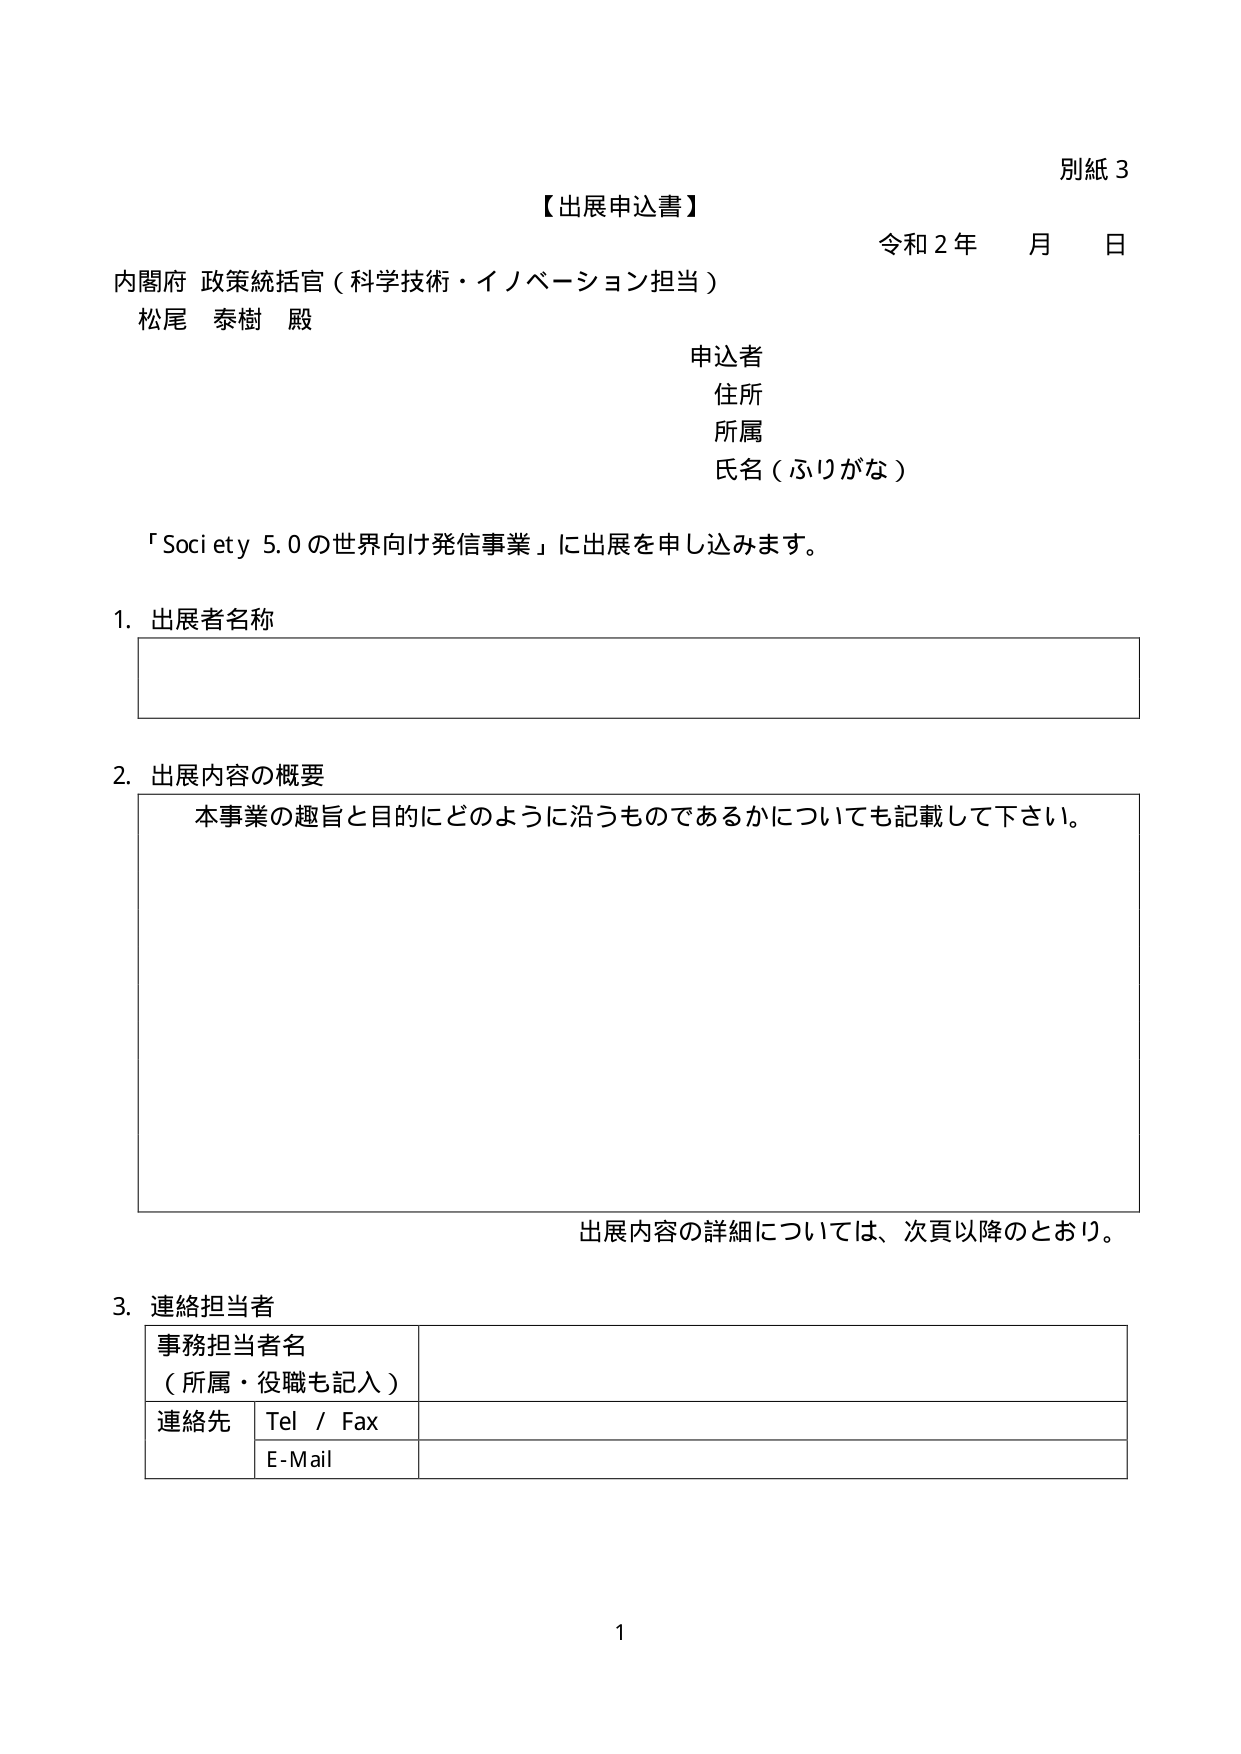
別紙 3
【出展申込書】
令和２年　月　日
内閣府 政策統括官（科学技術・イノベーション担当）
松尾 泰樹 殿
申込者
住所
所属
氏名（ふりがな）
「Society 5.0の世界向け発信事業」に出展を申し込みます。
1. 出展者名称
2. 出展内容の概要
　本事業の趣旨と目的にどのように沿うものであるかについても記載して下さい。
　出展内容の詳細については、次頁以降のとおり。
3. 連絡担当者
　事務担当者名
　（所属・役職も記入）
　連絡先　Tel / Fax
　　　　　E-Mail
1